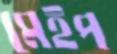
মেইপ